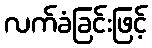
လက်ခံခြင်းဖြင့်